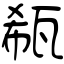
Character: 瓻